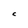
Character: C